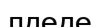
лдеде